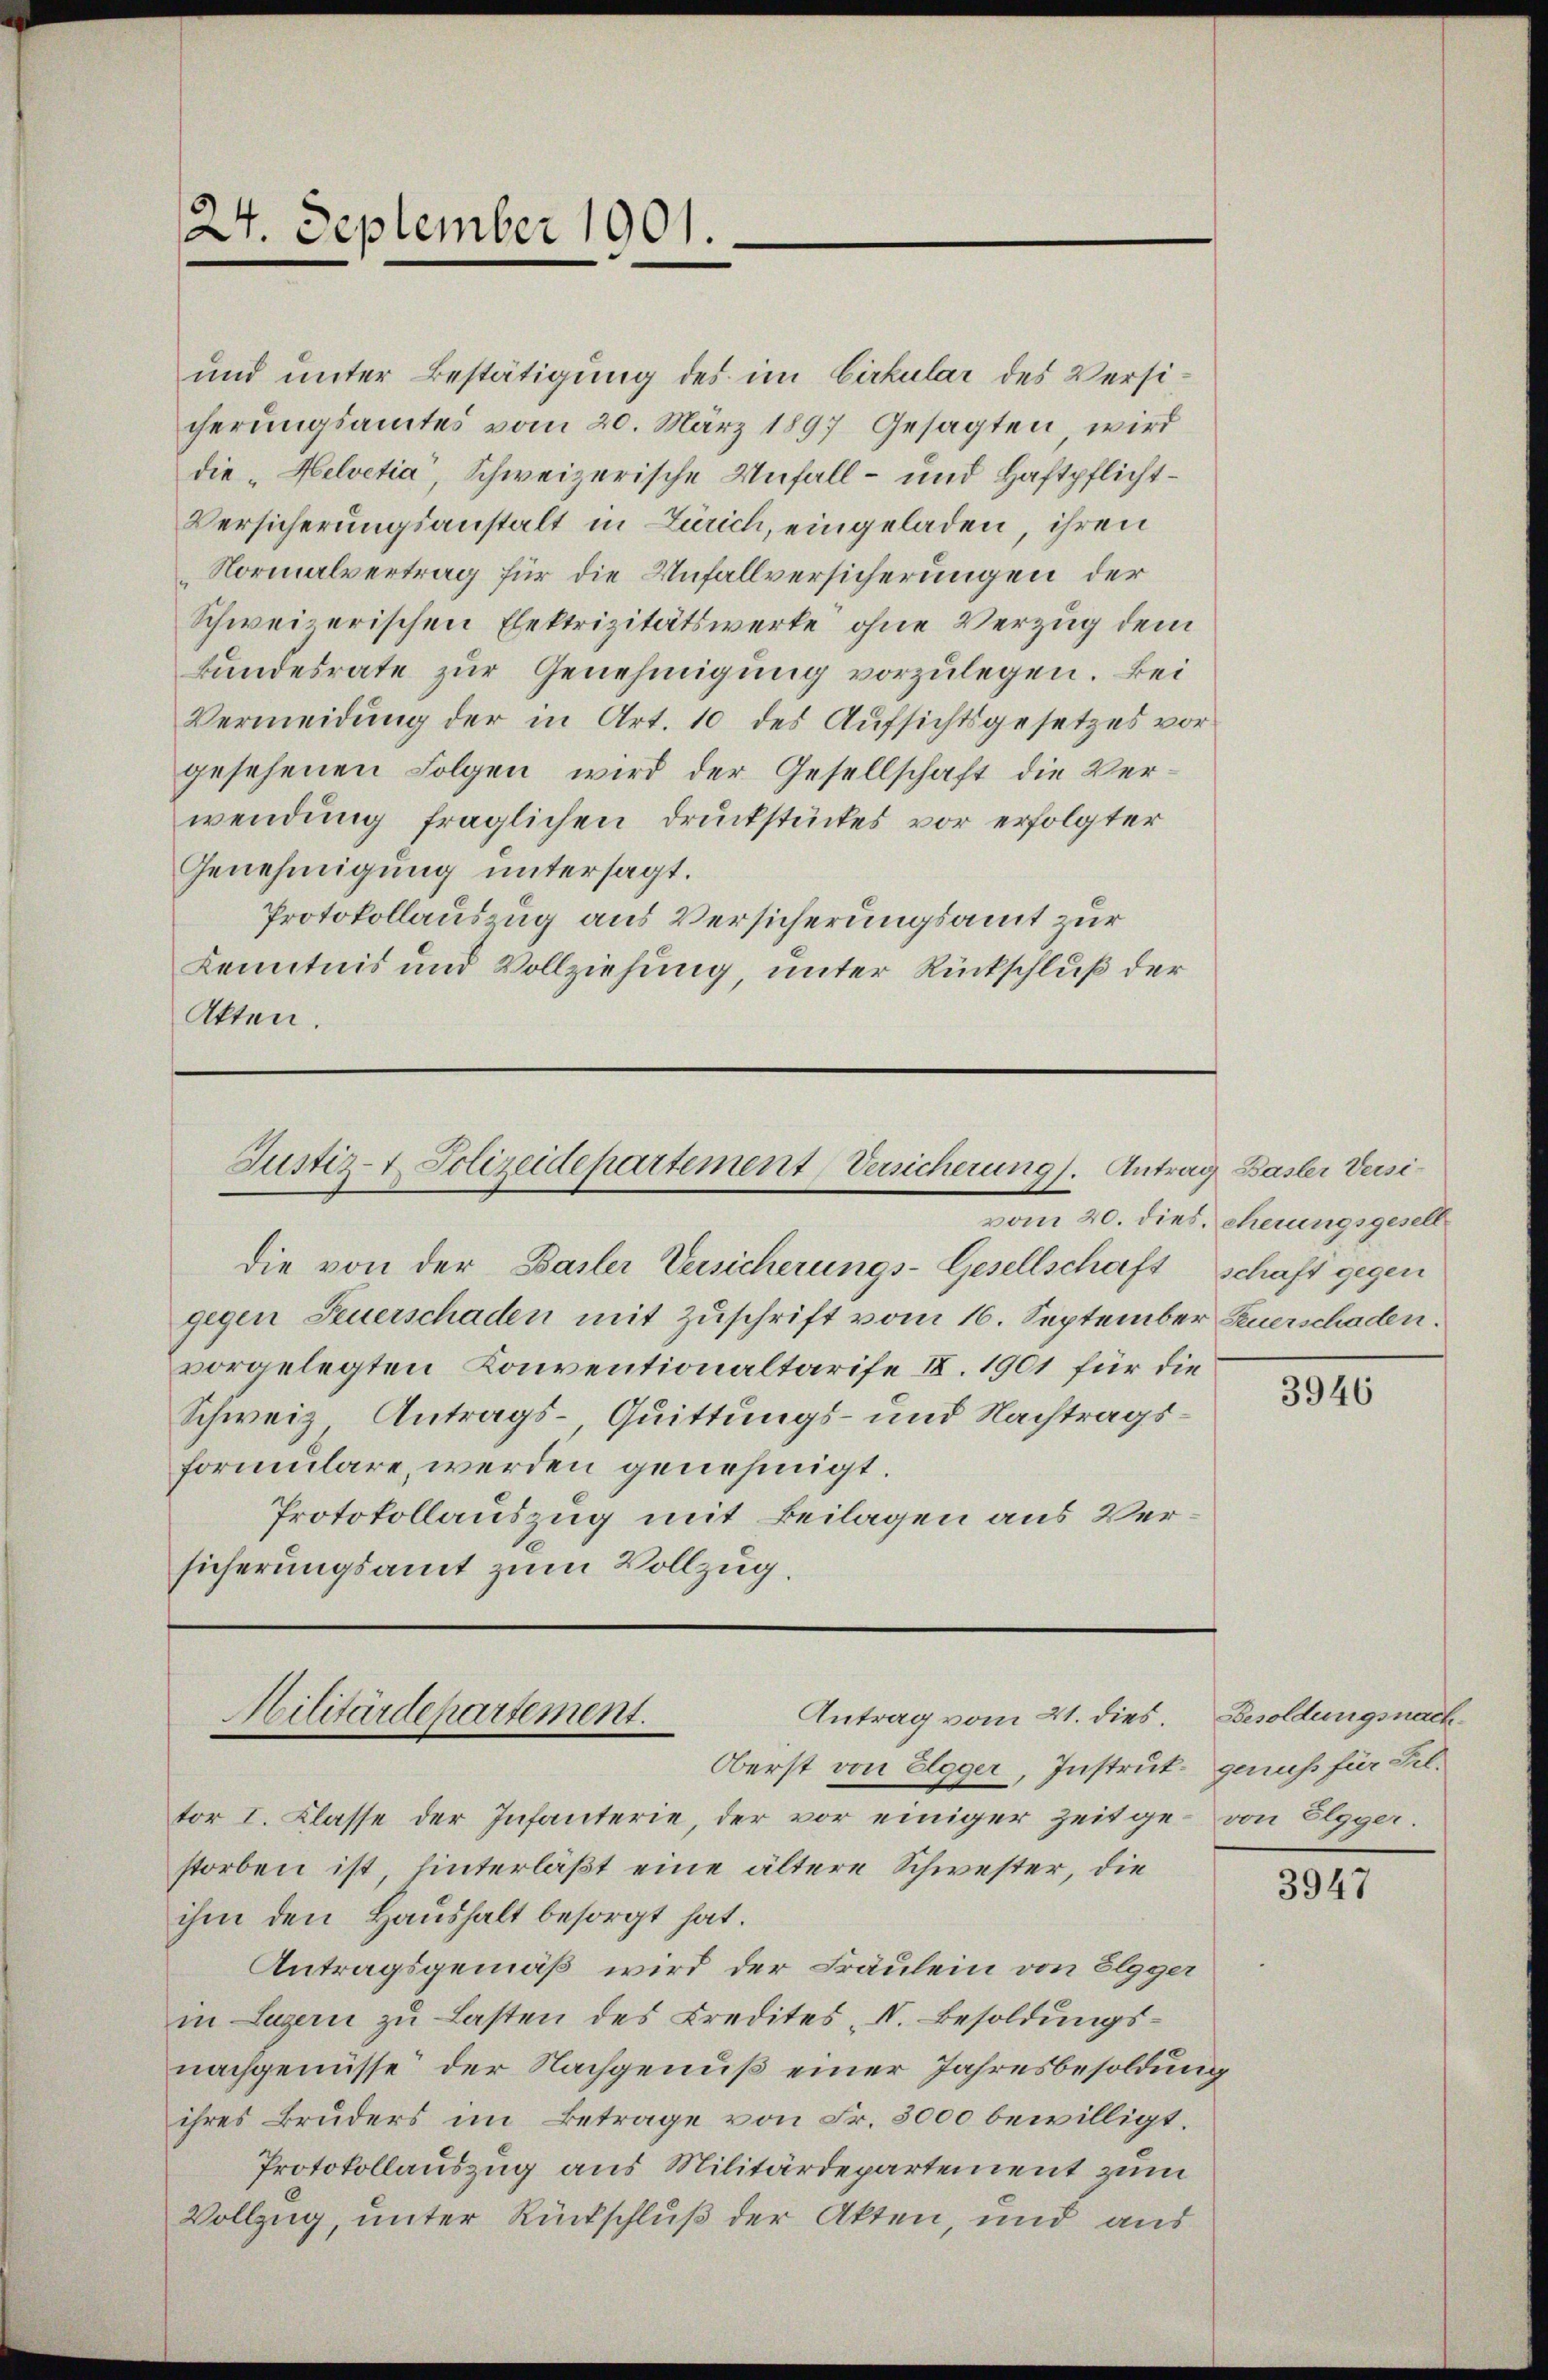
24. September 1901.

und unter Bestätigung des im Cirkular des Versicherungsamtes vom 20. März 1897 Gesagten, wird
die „Helvetia, Schweizerische Unfall- und Haftpflicht¬
Versicherungsanstalt in Zürich, eingeladen, ihren
Normalvertrag für die Unfallversicherungen der
Schweizerischen Elektrizitätswerke ohne Verzug dem
Landesrate zur Genehmigung vorzulegen. Bei
Vermeidung der in Art. 10 des Aufsichtsgesetzes vorgesehenen Folgen wird der Gesellschaft die Verwendung fraglichen Druckstückes vor erfolgter
Genehmigung untersagt.
Protokollauszug aus Versicherungsamt zur
Kenntnis und Vollziehung, unter Rückschluß der
Akten.

Justiz- & Polizeidepartement, Versicherung). Antrag Basler Versi¬

die von der Basler Versicherungs-Gesellschaft schaft gegen
gegen Feuerschaden mit Zuschrift vom 16. September Feuerschaden.
vorgelegten Konventionaltarife IV. 1901 für die
Schweiz, Antrags- Quittungs- und Nachtragsformulare, werden genehmigt.
Protokollauszug mit Beilagen aus Versicherungsamt zum Vollzug.

Hilitärdepartement.
Antrag vom 21. dies.

Oberst von Elgger, Instrut genus für Feltor I. Klasse der Infanterie, der vor einiger Zeitge- von Elgger.
storben ist hinterläßt eine ältere Schwester, die
ihm den Haushalt besorgt hat.
Antragsgemäß wird der Fräulein von Elgger
in Luzern zu Lasten des Credites I. Besoldungsnachgenüsse der Nachgenuß einer Jahresbesoldung
ihres Bruders im Betrage von Fr. 3000 bewilligt.
Protokollauszug aus Militärdepartement zum
Vollzug, unter Rückschluß der Akten, und aus

vom 20. dies, eherungsgesell

3946

Besoldungsnach

3947